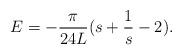
LaTeX: \begin{align*}E=-\frac{\pi}{24 L}(s+\frac{1}{s}-2).\end{align*}